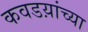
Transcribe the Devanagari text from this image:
कवडय़ांच्या